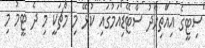
ސިޓީގެ އިއްތިހާދު ސްޓޭޑިއަމުގައި ކުޅޭ މި މެޗަކީ މި ދެ ޓީމު މި